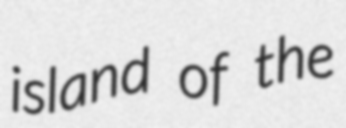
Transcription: island of the